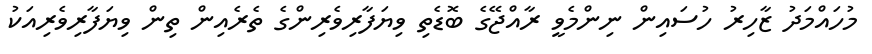
މުހައްމަދު ޒާހިރު ހުސައިން ނިންމެވީ ރާއްޖޭގެ ބޮޑެތި ވިޔަފާރިވެރިންގެ ތެރެއިން ތިން ވިޔަފާރިވެރިއަކު